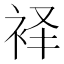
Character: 𫋷